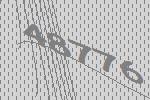
48776